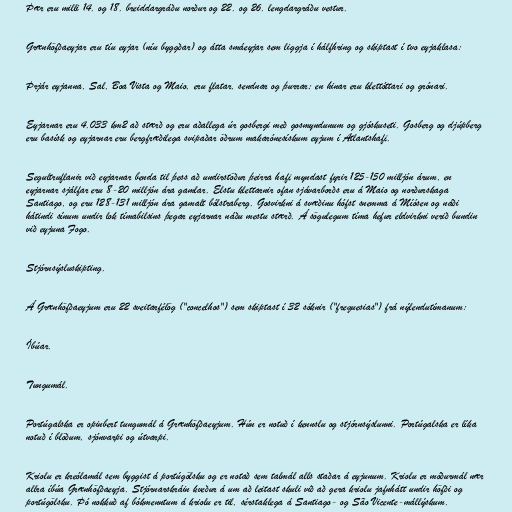
Þær eru milli 14. og 18. breiddargráðu norður og 22. og 26. lengdargráðu vestur.

Grænhöfðaeyjar eru tíu eyjar (níu byggðar) og átta smáeyjar sem liggja í hálfhring og skiptast í tvo eyjaklasa:

Þrjár eyjanna, Sal, Boa Vista og Maio, eru flatar, sendnar og þurrar; en hinar eru klettóttari og grónari.

Eyjarnar eru 4.033 km2 að stærð og eru aðallega úr gosbergi með gosmyndunum og gjóskuseti. Gosberg og djúpberg
eru basísk og eyjarnar eru bergfræðilega svipaðar öðrum makarónesískum eyjum í Atlantshafi.

Segultruflanir við eyjarnar benda til þess að undirstöður þeirra hafi myndast fyrir 125-150 milljón árum, en
eyjarnar sjálfar eru 8-20 milljón ára gamlar. Elstu klettarnir ofan sjávarborðs eru á Maio og norðurskaga
Santiago, og eru 128-131 milljón ára gamalt bólstraberg. Gosvirkni á svæðinu hófst snemma á Míósen og náði
hátindi sínum undir lok tímabilsins þegar eyjarnar náðu mestu stærð. Á sögulegum tíma hefur eldvirkni verið bundin
við eyjuna Fogo.

Stjórnsýsluskipting.

Á Grænhöfðaeyjum eru 22 sveitarfélög ("concelhos") sem skiptast í 32 sóknir ("frequesias") frá nýlendutímanum:

Íbúar.

Tungumál.

Portúgalska er opinbert tungumál á Grænhöfðaeyjum. Hún er notuð í kennslu og stjórnsýslunni. Portúgalska er líka
notuð í blöðum, sjónvarpi og útvarpi.

Kriolu er kreólamál sem byggist á portúgölsku og er notað sem talmál alls staðar á eyjunum. Kriolu er móðurmál nær
allra íbúa Grænhöfðaeyja. Stjórnarskráin kveður á um að leitast skuli við að gera kriolu jafnhátt undir höfði og
portúgölsku. Þó nokkuð af bókmenntum á kriolu er til, sérstaklega á Santiago- og São Vicente-mállýskum.